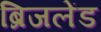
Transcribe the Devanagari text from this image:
ब्रिजलेंड